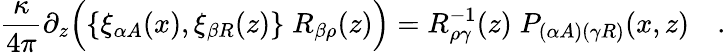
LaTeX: {\frac{\kappa}{4\pi}}\partial_{z}\Bigl(\{ \xi_{\alpha A}(x),\xi_{\beta R}(z)\} \; R_{\beta\rho}(z)\Bigr)=R_{\rho\gamma}^{-1}(z)\; P_{(\alpha A)(\gamma R)}(x,z)\quad.